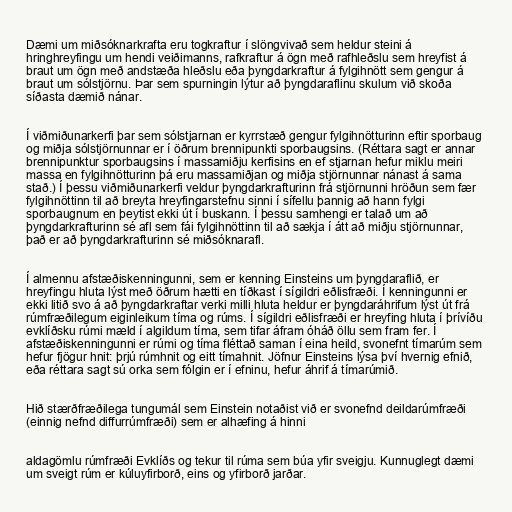
Dæmi um miðsóknarkrafta eru togkraftur í slöngvivað sem heldur steini á
hringhreyfingu um hendi veiðimanns, rafkraftur á ögn með rafhleðslu sem hreyfist á
braut um ögn með andstæða hleðslu eða þyngdarkraftur á fylgihnött sem gengur á
braut um sólstjörnu. Þar sem spurningin lýtur að þyngdaraflinu skulum við skoða
síðasta dæmið nánar.

Í viðmiðunarkerfi þar sem sólstjarnan er kyrrstæð gengur fylgihnötturinn eftir sporbaug
og miðja sólstjörnunnar er í öðrum brennipunkti sporbaugsins. (Réttara sagt er annar
brennipunktur sporbaugsins í massamiðju kerfisins en ef stjarnan hefur miklu meiri
massa en fylgihnötturinn þá eru massamiðjan og miðja stjörnunnar nánast á sama
stað.) Í þessu viðmiðunarkerfi veldur þyngdarkrafturinn frá stjörnunni hröðun sem fær
fylgihnöttinn til að breyta hreyfingarstefnu sinni í sífellu þannig að hann fylgi
sporbaugnum en þeytist ekki út í buskann. Í þessu samhengi er talað um að
þyngdarkrafturinn sé afl sem fái fylgihnöttinn til að sækja í átt að miðju stjörnunnar,
það er að þyngdarkrafturinn sé miðsóknarafl.

Í almennu afstæðiskenningunni, sem er kenning Einsteins um þyngdaraflið, er
hreyfingu hluta lýst með öðrum hætti en tíðkast í sígildri eðlisfræði. Í kenningunni er
ekki litið svo á að þyngdarkraftar verki milli hluta heldur er þyngdaráhrifum lýst út frá
rúmfræðilegum eiginleikum tíma og rúms. Í sígildri eðlisfræði er hreyfing hluta í þrívíðu
evklíðsku rúmi mæld í algildum tíma, sem tifar áfram óháð öllu sem fram fer. Í
afstæðiskenningunni er rúmi og tíma fléttað saman í eina heild, svonefnt tímarúm sem
hefur fjögur hnit: þrjú rúmhnit og eitt tímahnit. Jöfnur Einsteins lýsa því hvernig efnið,
eða réttara sagt sú orka sem fólgin er í efninu, hefur áhrif á tímarúmið.

Hið stærðfræðilega tungumál sem Einstein notaðist við er svonefnd deildarúmfræði
(einnig nefnd diffurrúmfræði) sem er alhæfing á hinni

aldagömlu rúmfræði Evklíðs og tekur til rúma sem búa yfir sveigju. Kunnuglegt dæmi
um sveigt rúm er kúluyfirborð, eins og yfirborð jarðar.